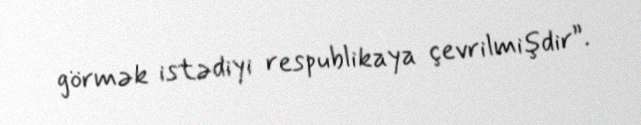
görmək istədiyi respublikaya çevrilmişdir”.